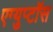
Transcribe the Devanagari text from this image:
एग्युप्टॉस